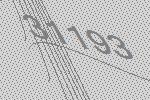
31193